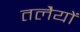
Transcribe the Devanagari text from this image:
तलेैयों